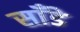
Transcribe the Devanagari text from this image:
साँडे